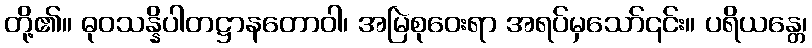
တို့၏။ ဓုဝသန္နိပါတဋ္ဌာနတောဝါ၊ အမြဲစုဝေးရာ အရပ်မှသော်၎င်း။ ပရိယန္တေ၊